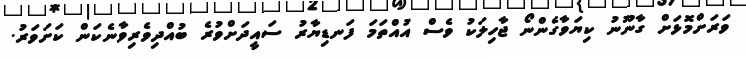
ވަރަށްމޮޅަށް ގާނޫނު ކިޔަވާގެންނޯ ޖާހިލަކު ވެސް އުއްތަމަ ފަނޑިޔާރު ސައީދަށްވުރެ ބުއްދިވެރިވާނެކަން ކަށަވަރު.